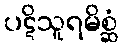
ပဋိသူရမိစ္ဆံ